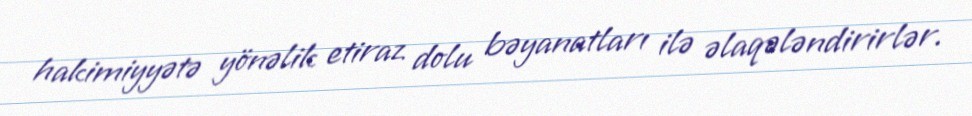
hakimiyyətə yönəlik etiraz dolu bəyanatları ilə əlaqələndirirlər.